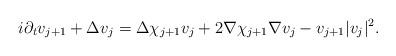
LaTeX: \begin{align*}i\partial_{t}v_{j+1}+\Delta v_{j}=\Delta \chi_{j+1}v_{j}+2\nabla \chi_{j+1}\nabla v_{j}-v_{j+1}|v_{j}|^{2}.\end{align*}